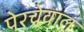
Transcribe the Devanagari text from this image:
पेरचेवाल